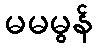
မမမွန်